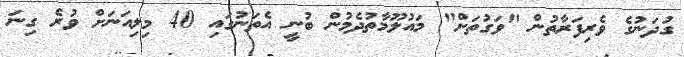
ގުދަނުގެ ވެރިފަރާތުން "ވަގުތަށް" މައުލޫމާތުދެމުން ބުނީ އެތަނުގައި 40 މިލިއަނަށް ވުރެ ގިނަ